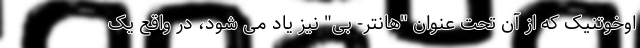
اوخوتنیک که از آن تحت عنوان "هانتر- بی" نیز یاد می شود، در واقع یک